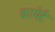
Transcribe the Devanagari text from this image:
कापेर्ट